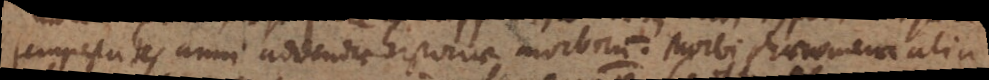
tempestates anni addendae historiae morborum. Morbi phaenomena alia